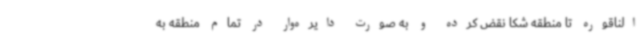
الناقوره تا منطقه شکا نقض کرده و به صورت دایره‌وار در تمام منطقه به